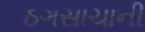
ઠગસાચાની